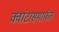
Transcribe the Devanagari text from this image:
क्वांटासमार्फत